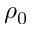
\rho _ { 0 }